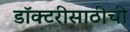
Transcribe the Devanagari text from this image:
डॉक्टरीसाठीची